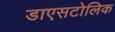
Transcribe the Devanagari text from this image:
डाएसटोलिक